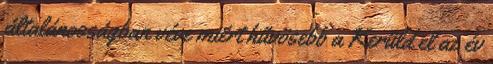
általánosságban véve miért hűvösebb a Kerüld el az év